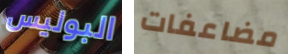
البوليس مضاعفات